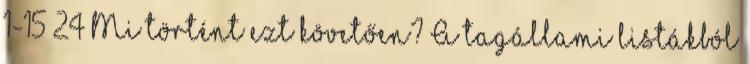
1-15 24 Mi történt ezt követően? A tagállami listákból